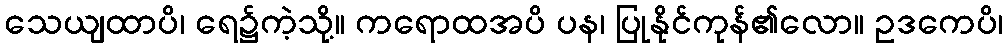
သေယျထာပိ၊ ရေ၌ကဲ့သို့။ ကရောထအပိ ပန၊ ပြုနိုင်ကုန်၏လော။ ဥဒကေပိ၊